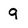
Character: 9